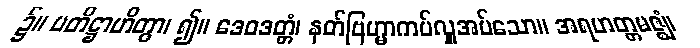
၌။ ပတိဋ္ဌာဟိတွာ၊ ၍။ ဒေဝဒတ္တံ၊ နတ်ဗြဟ္မာကပ်လှူအပ်သော။ အရဟတ္တမဇ္ဈံ၊